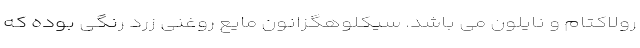
رولاکتام و نایلون می باشد. سیکلوهگزانون مایع روغنی زرد رنگی بوده که